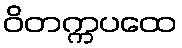
ဝိတက္ကပထေ